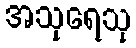
အသုရေသု